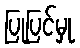
ပြုပြင်မှု